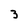
Character: 3